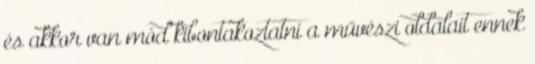
és akkor van mód kibontakoztatni a művészi oldalait ennek